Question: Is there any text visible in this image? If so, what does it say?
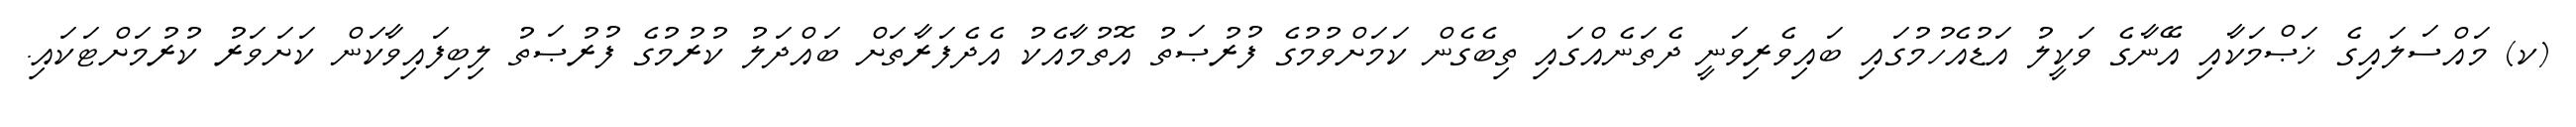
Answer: (ކ) މައްސަލައިގެ ޚަޞްމަކާއި އޭނާގެ ވަކީލު އަޑުއެހުމުގައި ބައިވެރިވަނީ ދެތަނެއްގައި ތިބެގެން ކަމަށްވުމުގެ ފުރުޞަތު އޮތުމާއެކު އެދެފަރާތަށް ބައްދަލު ކުރުމުގެ ފުރުޞަތު ލިބިފައިވާކަން ކަށަވަރު ކުރުމަށްޓަކައި.